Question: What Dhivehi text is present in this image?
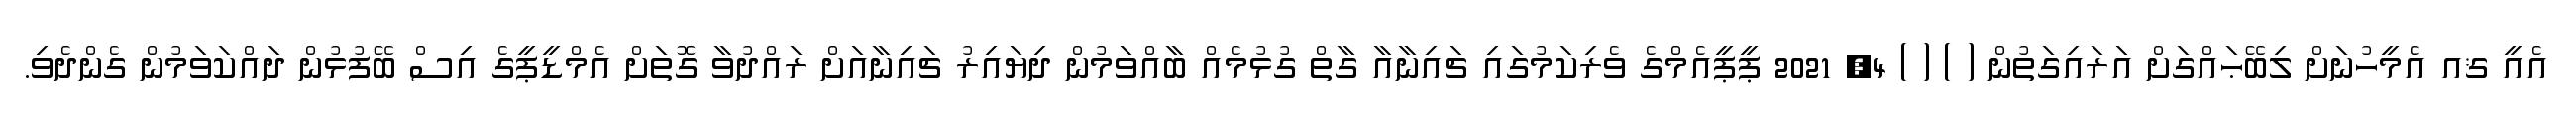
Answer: އެއީ ޤއ އެމީހުނަށް ލިބޭޙައްގަށް އަރައިގަތުން ( ) ( ) 4, 2021 ޕީޕީއެމްގެ ވެރިކަމުގައި ޗައިނާއާ ގާތް ގުޅުމެއް ބާއްވަމުން ދިޔައިރު ޗައިނާއަށް ރައްދުވާ ގޮތަށް އެމްޑީޕީގެ އިސް ބޭފުޅުން ދައްކަވަމުން ގެންދެވި.